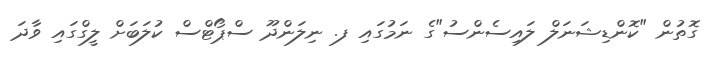
ގޮތުން "ކޮންޑިޝަނަލް ލައިސެންސު"ގެ ނަމުގައި ފ. ނިލަންދޫ ސްޕޯޓްސް ކުލަބަށް ލީގްގައި ވާދަ